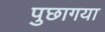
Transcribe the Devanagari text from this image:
पुछागया